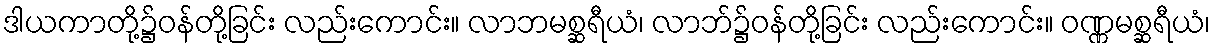
ဒါယကာတို့၌ဝန်တို့ခြင်း လည်းကောင်း။ လာဘမစ္ဆရီယံ၊ လာဘ်၌ဝန်တို့ခြင်း လည်းကောင်း။ ဝဏ္ဏမစ္ဆရီယံ၊